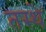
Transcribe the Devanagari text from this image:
तस्थे